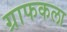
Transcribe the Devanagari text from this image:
ग्राफकला